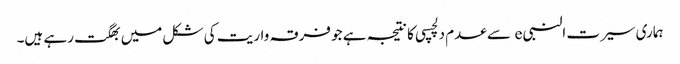
ہماری سیرت النبی e سے عدم دلچسپی کا نتیجہ ہے جو فرقہ واریت کی شکل میں بھگت رہے ہیں۔